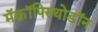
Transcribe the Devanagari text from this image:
मॅक्रॉपिस्थोडॉन